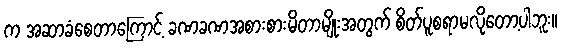
က အဆာခံစေတာကြောင့် ခဏခဏအစားစားမိတာမျိုးအတွက် စိတ်ပူစရာမလိုတော့ပါဘူး။